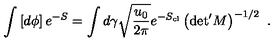
\int \left[ d \phi \right] e ^ { - S } = \int d \gamma \sqrt { \frac { u _ { 0 } } { 2 \pi } } e ^ { - S _ { \mathrm { c l } } } \left( { \det } ^ { \prime } M \right) ^ { - 1 / 2 } \ .